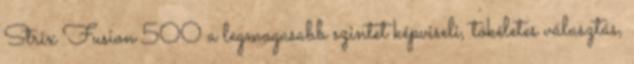
Strix Fusion 500 a legmagasabb szintet képviseli, tökéletes választás,